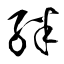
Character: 絆